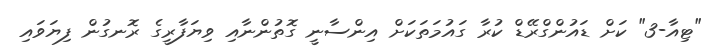
"ޓިއާ-3" ކަށް ޑައުންގްރޭޑް ކުރާ ގައުމަތަކަށް އިންސާނީ ގޮތުންނާއި ވިޔަފާރީގެ ރޮނގުން ފިޔަވައި